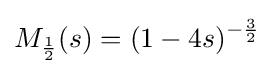
M_{\frac {1}{2}}(s)=(1-4s)^{-{\frac {3}{2}}}